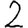
Digit: 2